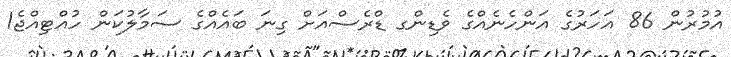
އުމުރުން 86 އަހަރުގެ އަންހެނެއްގެ ވެޑިންގ ޑްރެސްއަށް ގިނަ ބައެއްގެ ސަމާލުކަން ހުއްޓިއްޖެ1